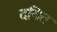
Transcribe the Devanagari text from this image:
दयित